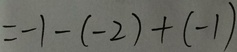
= - 1 - ( - 2 ) + ( - 1 )